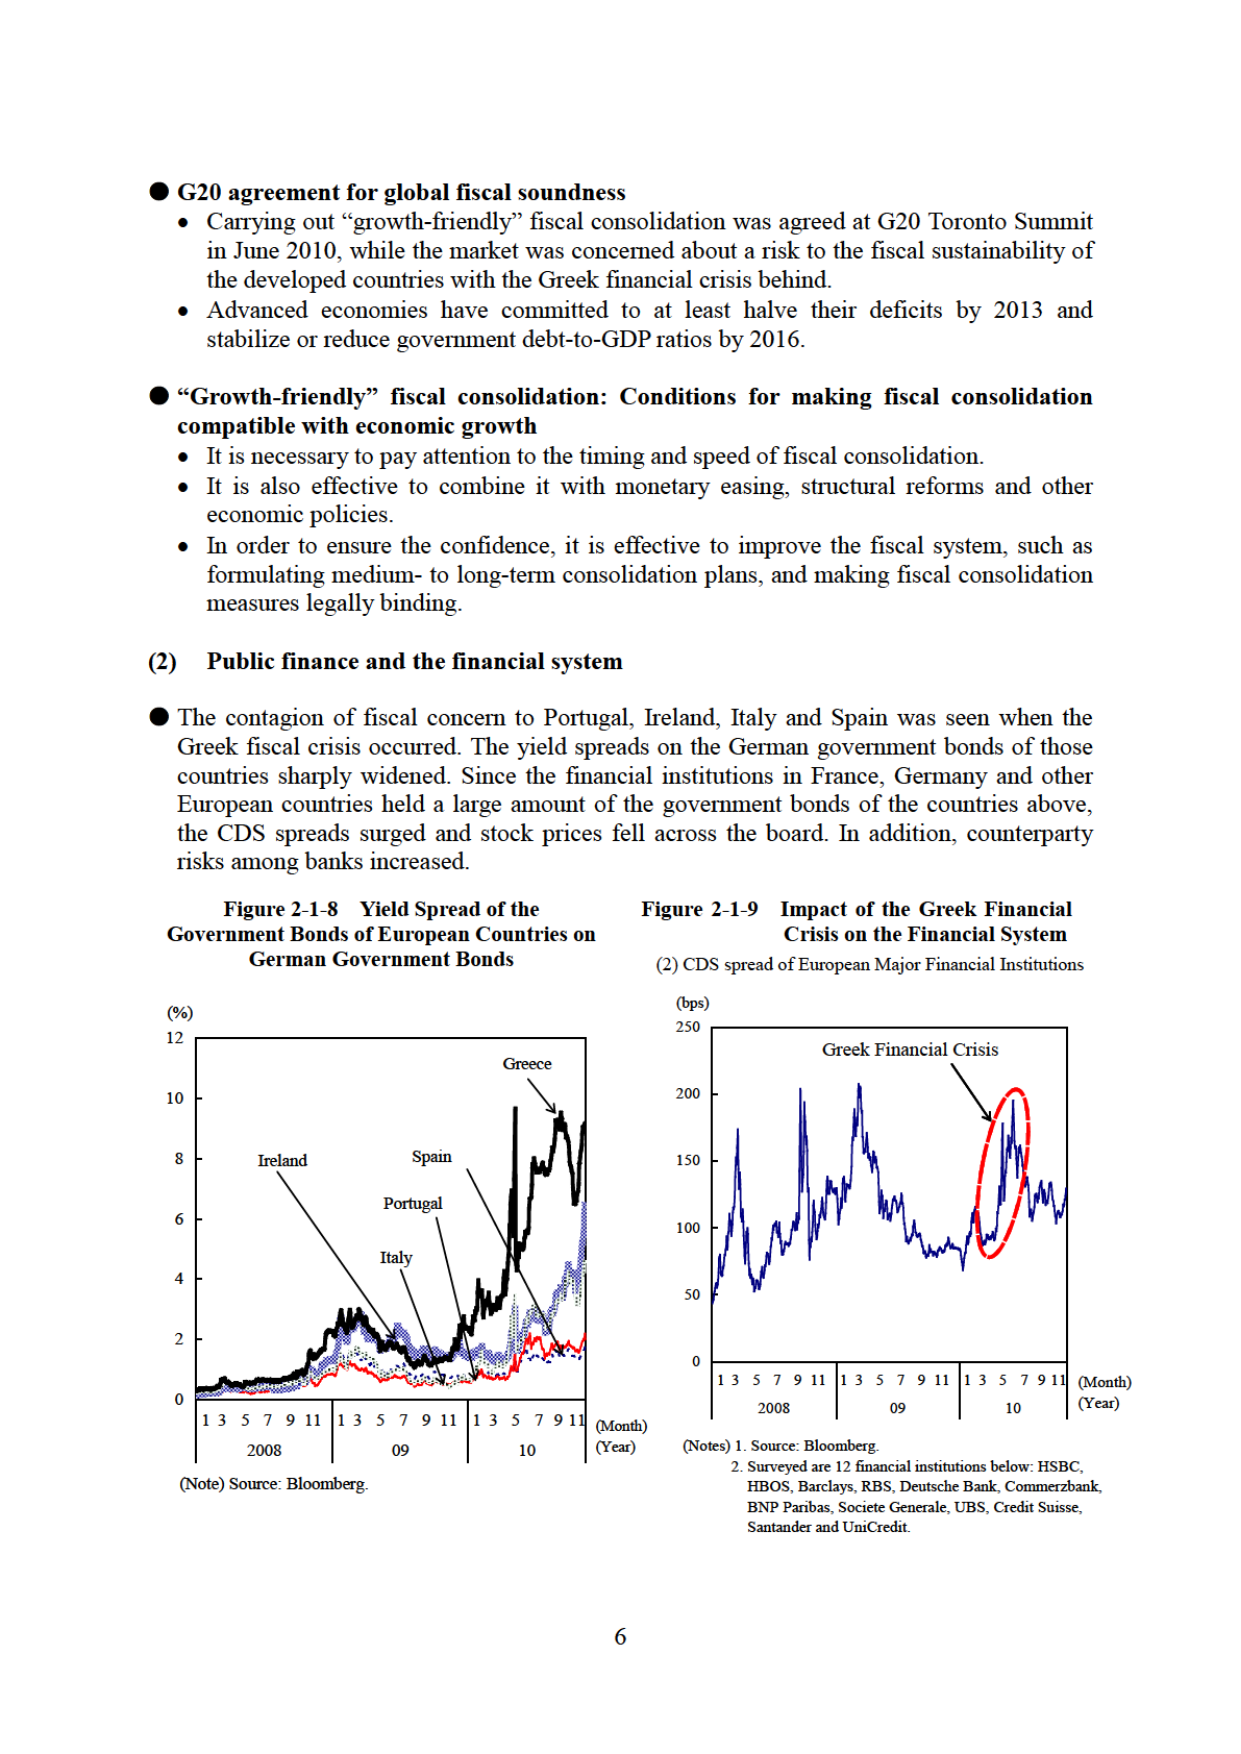
● G20 agreement for global fiscal soundness
• Carrying out “growth-friendly” fiscal consolidation was agreed at G20 Toronto Summit in June 2010, while the market was concerned about a risk to the fiscal sustainability of the developed countries with the Greek financial crisis behind.
• Advanced economies have committed to at least halve their deficits by 2013 and stabilize or reduce government debt-to-GDP ratios by 2016.

● “Growth-friendly” fiscal consolidation: Conditions for making fiscal consolidation compatible with economic growth
• It is necessary to pay attention to the timing and speed of fiscal consolidation.
• It is also effective to combine it with monetary easing, structural reforms and other economic policies.
• In order to ensure the confidence, it is effective to improve the fiscal system, such as formulating medium- to long-term consolidation plans, and making fiscal consolidation measures legally binding.

(2) Public finance and the financial system
● The contagion of fiscal concern to Portugal, Ireland, Italy and Spain was seen when the Greek fiscal crisis occurred. The yield spreads on the German government bonds of those countries sharply widened. Since the financial institutions in France, Germany and other European countries held a large amount of the government bonds of the countries above, the CDS spreads surged and stock prices fell across the board. In addition, counterparty risks among banks increased.

Figure 2-1-8 Yield Spread of the Government Bonds of European Countries on German Government Bonds
(%)
12
10
8
6
4
2
0
1 3 5 7 9 11 1 3 5 7 9 11 1 3 5 7 9 11 (Month)
2008 09 10 (Year)
(Note) Source: Bloomberg.

Greece
Ireland
Spain
Portugal
Italy

Figure 2-1-9 Impact of the Greek Financial Crisis on the Financial System
(2) CDS spread of European Major Financial Institutions
(bps)
250
200
150
100
50
0
1 3 5 7 9 11 1 3 5 7 9 11 1 3 5 7 9 11 (Month)
2008 09 10 (Year)
Greek Financial Crisis

(Notes) 1. Source: Bloomberg.
2. Surveyed are 12 financial institutions below: HSBC, HBOS, Barclays, RBS, Deutsche Bank, Commerzbank, BNP Paribas, Societe Generale, UBS, Credit Suisse, Santander and UniCredit.

6